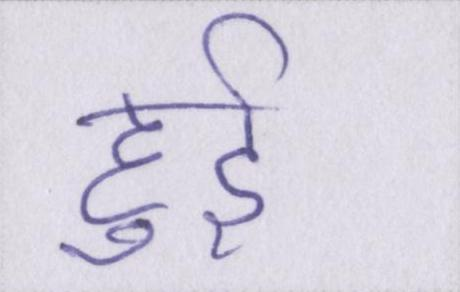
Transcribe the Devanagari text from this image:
हुर्इ